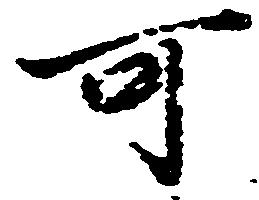
可